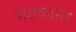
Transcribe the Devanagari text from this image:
भडकाना